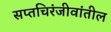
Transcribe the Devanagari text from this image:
सप्तचिरंजीवांतील